Vaccination in Bombay 1902-1912 - 1902-1912
Year: 1902
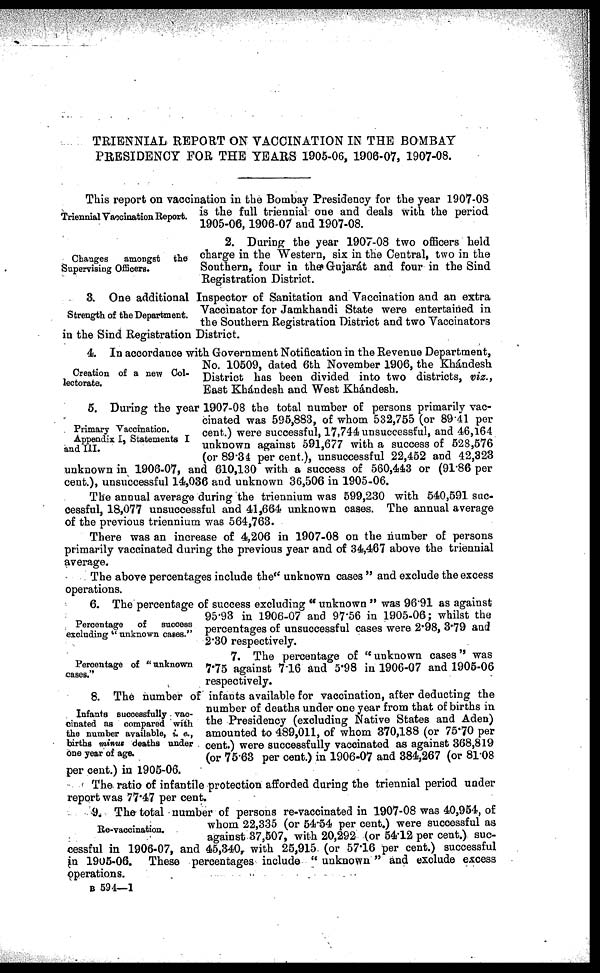
TRIENNIAL REPORT ON VACCINATION IN THE BOMBAY
PRESIDENCY FOR THE YEARS 1905-06, 1906-07, 1907-08.
Triennial Vaccination Report.
This report on vaccination in the Bombay Presidency for the year 1907-08
is the full triennial one and deals with the period
1905-06, 1906-07 and 1907-08.
Changes
amongst the
Supervising Officers.
2. During the year 1907-08 two officers held
charge in the Western, six in the Central, two in the
Southern, four in the Gujarát and four in the Sind
Registration District.
Strength of the Department.
3. One additional Inspector of Sanitation and Vaccination and an extra
Vaccinator for Jamkhandi State were entertained in
the Southern Registration District and two Vaccinators
in the Sind Registration District.
Creation of a new Col-
lectorate.
4. In accordance with Government Notification in the Revenue Department,
No. 10509, dated 6th November 1906, the Khándesh
District has been divided into two districts, viz.,
East Khándesh and West Khándesh.
Primary Vaccination.
Appendix I, Statements I
and III.
5. During the year 1907-08 the total number of persons primarily vac-
cinated was 595,883, of whom 532,755 (or 89.41 per
cent.) were successful, 17,744 unsuccessful, and 46,164
unknown against 591,677 with a success of 528,576
(or 89.34 per cent.), unsuccessful 22,452 and 42,323
unknown in 1906-07, and 610,130 with a success of 560,443 or (91.86 per
cent.), unsuccessful 14,036 and unknown 36,506 in 1905-06.
The annual average during the triennium was 599,230 with 540,591 suc-
cessful, 18,077 unsuccessful and 41,664 unknown cases. The annual average
of the previous triennium was 564,763.
There was an increase of 4,206 in 1907-08 on the number of persons
primarily vaccinated during the previous year and of 34,467 above the triennial
average.
The above percentages include the " unknown cases " and exclude the excess
operations.
Percentage of
success
excluding " unknown cases."
6. The percentage of success excluding " unknown " was 96.91 as against
95.93 in 1906-07 and 97.56 in 1905-06; whilst the
percentages of unsuccessful cases were 2.98, 3.79 and
2.30 respectively.
Percentage of "unknown
cases."
7. The percentage of "unknown cases" was
7.75 against 7.16 and 5.98 in 1906-07 and 1905-06
respectively.
Infants successfully vac-
cinated as compared with
the number available, i. e.,
births minus deaths under
one year of age.
8. The number of infants available for vaccination, after deducting the
number of deaths under one year from that of births in
the Presidency (excluding Native States and Aden)
amounted to 489,011, of whom 370,188 (or 75.70 per
cent.) were successfully vaccinated as against 368,819
(or 75.63 per cent.) in 1906-07 and 384,267 (or 81.08
per cent.) in 1905-06.
The ratio of infantile protection afforded during the triennial period under
report was 77.47 per cent.
Re-vaccination.
9. The total number of persons re-vaccinated in 1907-08 was 40,954, of
whom 22,335 (or 54.54 per cent.) were successful as
against 37,507, with 20,292 (or 54.12 per cent.) suc-
cessful in 1906-07, and 45,340, with 25,915 (or 57.16 per cent.) successful
in 1905-06. These percentages include " unknown " and exclude excess
operations.
B 594—1